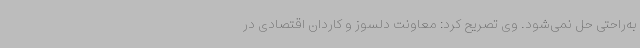
به‌راحتی حل نمی‌شود. وی تصریح کرد: معاونت دلسوز و کاردان اقتصادی در